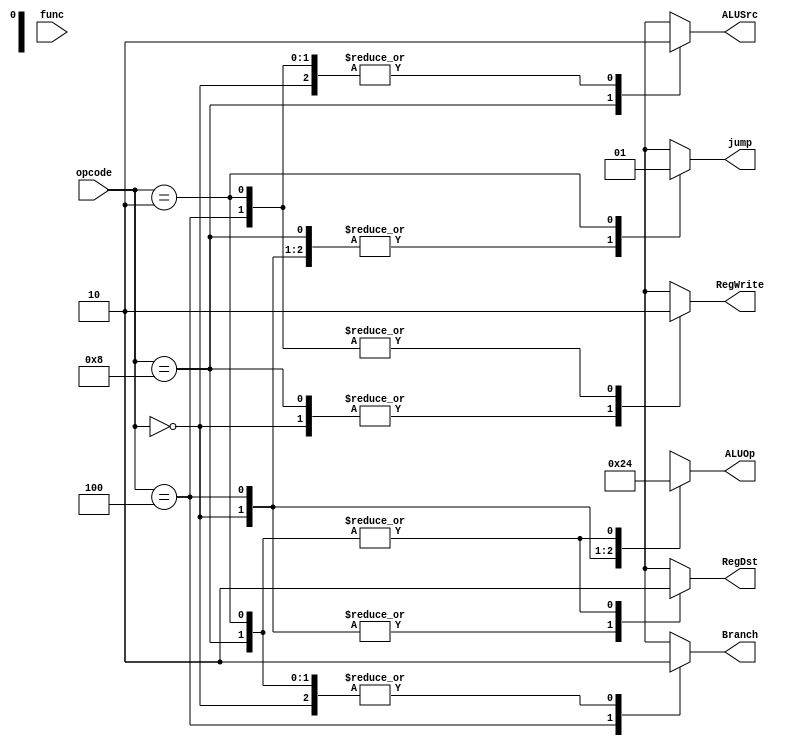
module control(input [5:0]opcode, input [5:0]func, output reg Branch, output reg RegWrite, output reg RegDst, output reg ALUSrc, output reg [1:0]ALUOp, output reg jump);
always @* begin
	case(opcode)
		6'b000000:	begin // R format
					RegDst <= 1'b1;
					RegWrite <= 1'b1;
					ALUSrc <= 1'b0;
					ALUOp <= 2'b10;
					Branch <= 1'b0;
					jump <= 1'b0;
				end
		6'b000100:	begin // Beq
					RegDst <= 1'b1;
					RegWrite <= 1'b0;
					ALUSrc <= 1'b0;
					ALUOp <= 2'b01;
					Branch <= 1'b1;
					jump <= 1'b0;
				end
		6'b001000:	begin // addi
					RegDst <= 1'b0;
					RegWrite <= 1'b1;
					ALUSrc <= 1'b1;
					ALUOp <= 2'b00;
					Branch <= 1'b0;
					jump <= 1'b0;
				end
		6'b000010:	begin // jump
					RegDst <= 1'b0;
					RegWrite <= 1'b0;
					ALUSrc <= 1'b0;
					ALUOp <= 2'b00;
					Branch <= 1'b0;
					jump <= 1'b1;
				end
		default: 	begin
					RegDst <= 1'bx;
					RegWrite <= 1'bx;
					ALUSrc <= 1'bx;
					ALUOp <= 2'bxx;
					Branch <= 1'bx;
					jump <= 1'bx;
				end
	endcase
end
endmodule